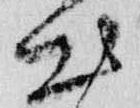
出